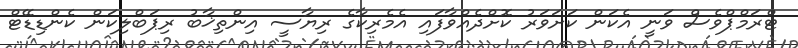
ޓްރަމްޕްވެސް ވަނީ އެކަން ކަށަވަރު ކޮށްދެއްވާފައި އެމެރިކާގެ ރިޔާސީ އިންތިޚާބު ރިޕަބްލިކަން ކެންޑިޑޭޓް